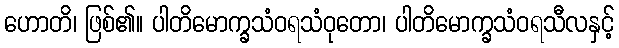
ဟောတိ၊ ဖြစ်၏။ ပါတိမောက္ခသံဝရသံဝုတော၊ ပါတိမောက္ခသံဝရသီလနှင့်